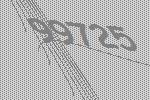
99725